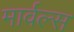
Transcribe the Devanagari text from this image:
मार्वल्स